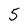
Character: 5